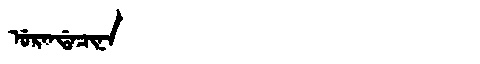
Manchu: ᡠᡵᠠᠨᡩᠠᠴᡳᠨᠠ
Romanization: URANDACINA